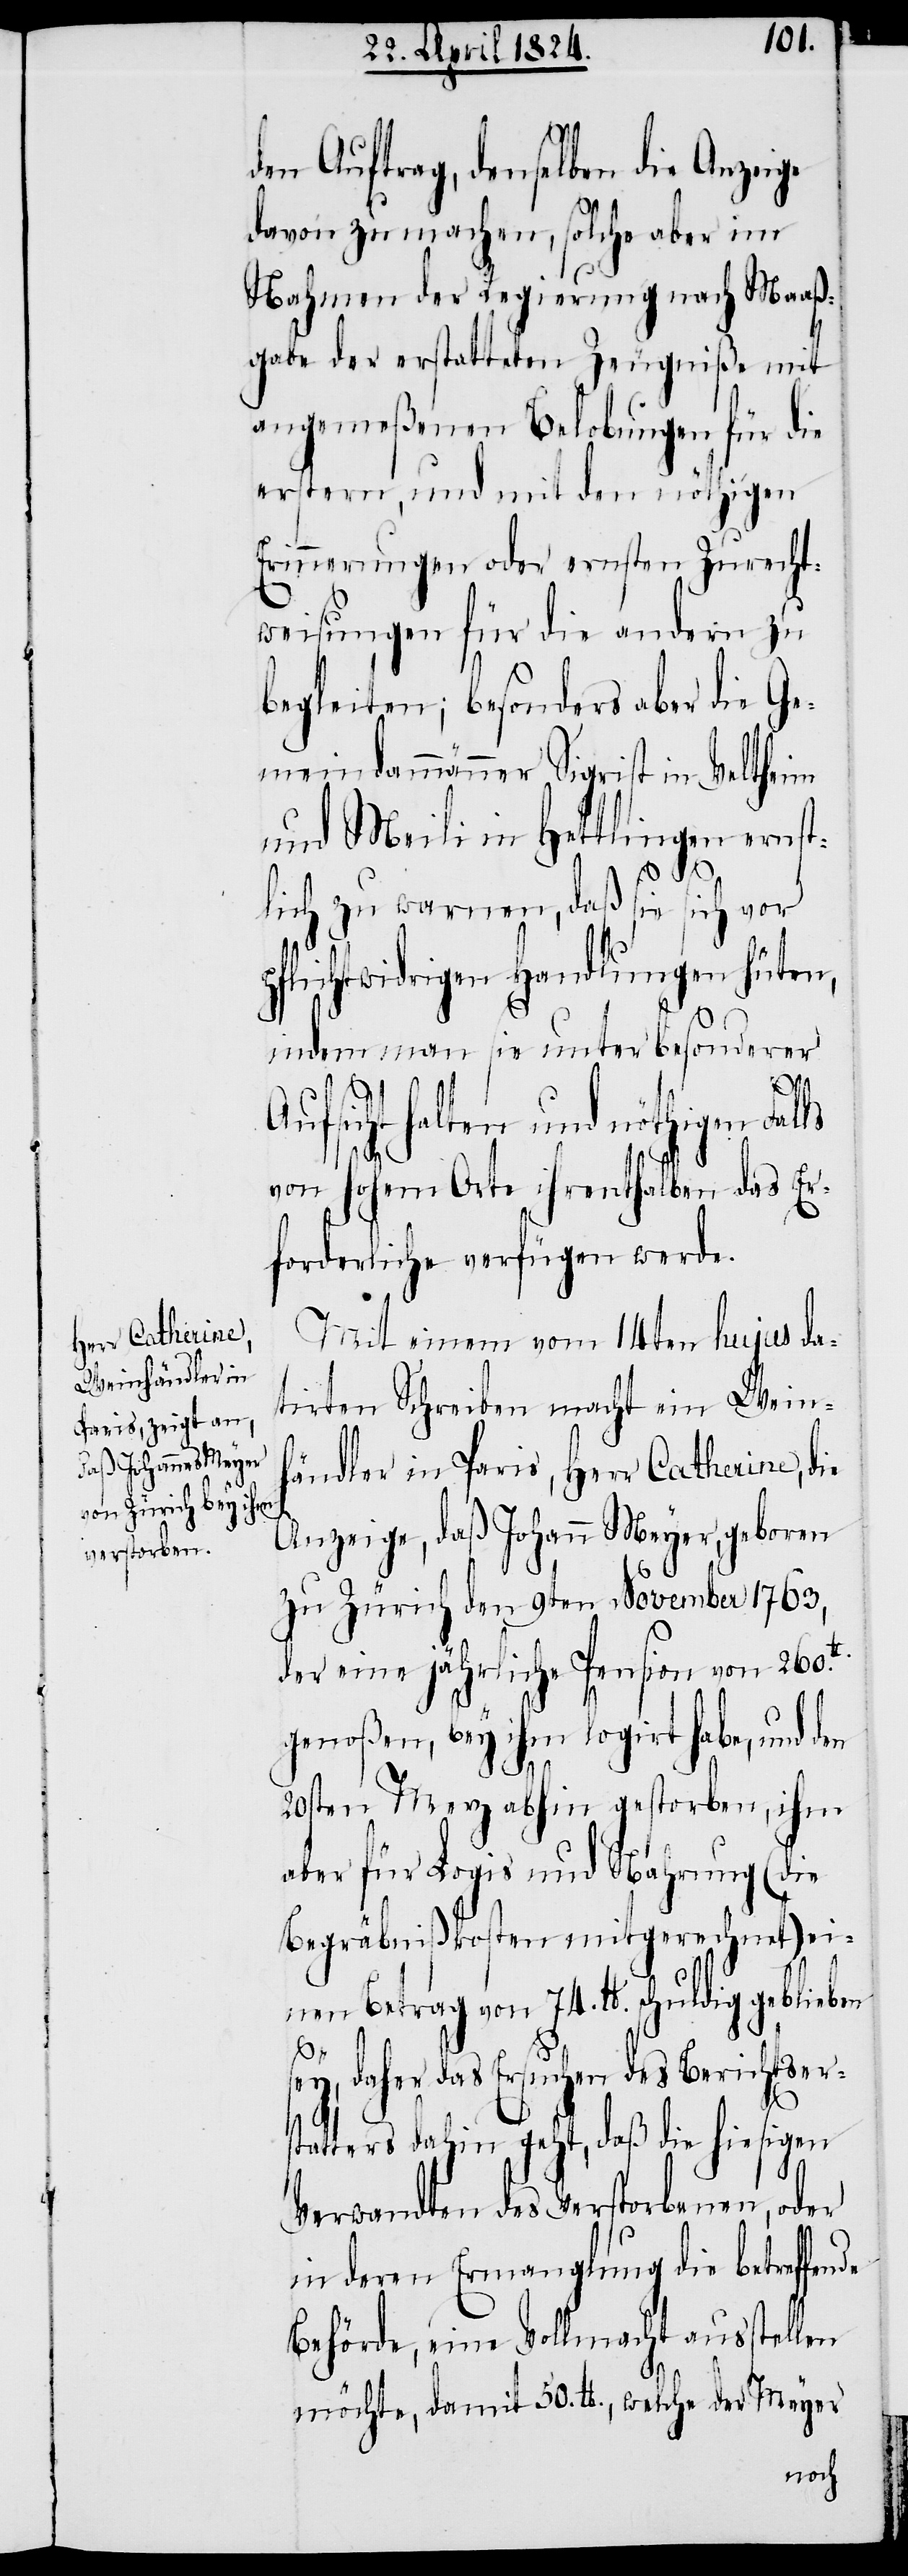
den Auftrag, denselben die Anzeige
davon zu machen, solche aber im
Nahmen der Regierung nach Maaß¬
gabe der erstatteten Zeugniße mit
angemeßenen Belobungen für die
erstern, und mit den nöthigen
Erinnerungen oder ernsten Zurecht¬
weisungen für die andern zu
begleiten; besonders aber die Ge¬
meindammänner Sigrist in Veltheim
und Meili in Hettlingen ernst¬
de
lich zu warnen, daß sie sich vor
pflichtwidrigen Handlungen hüten,
indem man sie unter besonderer
Aufsicht halten und nöthigen Falls
von hohem Orte ihrenthalben das Er¬
forderliche verfügen werde.
Mit einem vom 14ten hujus da¬
tirten schreiben macht ein Wein¬
händler in Paris, Herr Catherine, die
Anzeige, daß Johann Meyer, geboren
zu Zürich den 9ten November 1763,
der eine jährliche Pension von 260.l¬
genoßen, bey ihm logirt habe, und den
20sten Merz abhin gestorben, ihm
aber für Logis und Nahrung (die
Begräbnißkosten mitgerechnet) ei¬
nen Betrag von 74. lb. schuldig geblieben
sey, daher das Ersuchen des Berichtser¬
statters dahin geht, daß die hiesigen
Verwandten des Verstorbenen, oder
in deren Ermangelung die betreffen¬
Behörde, eine Vollmacht ausstellen
möchte, damit 50. lb., welche der Meyer